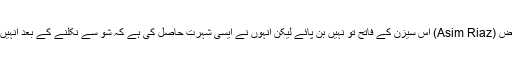
وہیں، اس بار کے رنر اپ رہے عاصم ریاض (Asim Riaz) اس سیزن کے فاتح تو نہیں بن پائے لیکن انہوں نے ایسی شہرت حاصل کی ہے کہ شو سے نکلنے کے بعد انہیں بڑے بڑے آفرس ملنے کی خبر آ رہی ہے۔